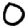
Digit: 0